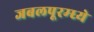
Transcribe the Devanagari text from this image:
जबलपूरम्ध्ये